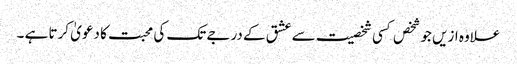
علاوہ ازیں جو شخص کسی شخصیت سے عشق کے درجے تک کی محبت کا دعویٰ کرتا ہے ۔